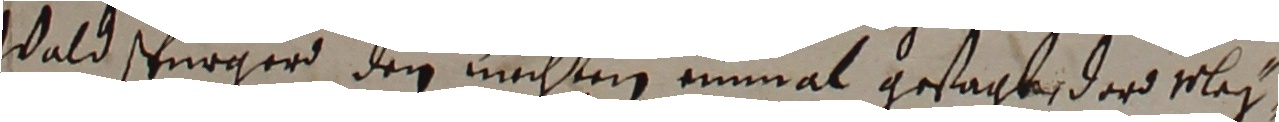
Wald spurger den nachten einmal gestagte, der wleg